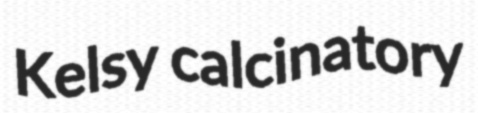
Kelsy calcinatory